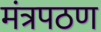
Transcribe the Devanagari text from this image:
मंत्रपठण